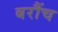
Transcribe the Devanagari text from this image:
बरौंच